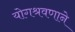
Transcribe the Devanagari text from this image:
योगश्रवणाने